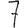
Digit: 7